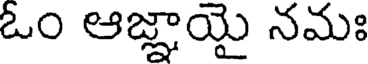
ఓం ఆజ్ఞాయై నమః